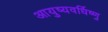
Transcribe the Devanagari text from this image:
आयुष्यवर्धिष्णु